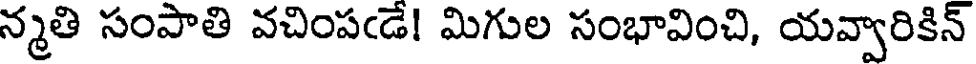
న్మతి సంపాతి వచింపఁడే! మిగుల సంభావించి, యవ్వారికిన్